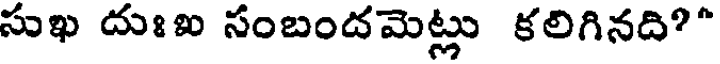
సుఖ దుఃఐ సంబందమెట్లు కలిగినది?"